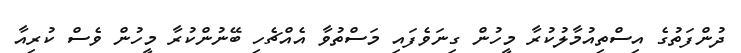
ދުންފަތުގެ އިސްތިއުމާލުކުރާ މީހުން ގިނަވެފައި މަސްތުވާ އެއްޗެހި ބޭނުންކުރާ މީހުން ވެސް ކުރިއާ